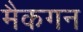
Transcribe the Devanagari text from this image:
मैकगन